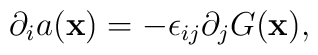
\partial_{i}a({\bf x})=-\epsilon_{ij}\partial_{j}G({\bf x}),